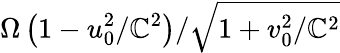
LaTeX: \Omega\left(1-u_{0}^{2}/\mathbb{C}^{2}\right)/\sqrt{1+v_{0}^{2}/\mathbb{C}^{2}}